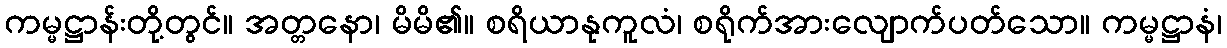
ကမ္မဋ္ဌာန်းတို့တွင်။ အတ္တနော၊ မိမိ၏။ စရိယာနုကူလံ၊ စရိုက်အားလျောက်ပတ်သော။ ကမ္မဋ္ဌာနံ၊